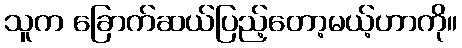
သူက ခြောက်ဆယ်ပြည့်တော့မယ့်ဟာကို။